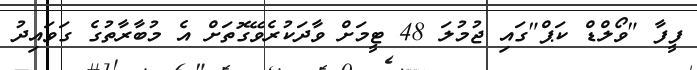
ފީފާ "ވޯލްޑް ކަޕް"ގައި ޖުމުލަ 48 ޓީމަށް ވާދަކުރެވޭގޮތަށް އެ މުބާރާތުގެ ގަވައިދު